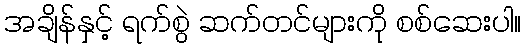
အချိန်နှင့် ရက်စွဲ ဆက်တင်များကို စစ်ဆေးပါ။